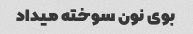
بوی نون سوخته میداد